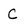
Character: C